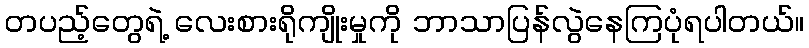
တပည့်တွေရဲ့ လေးစားရိုကျိုးမှုကို ဘာသာပြန်လွဲနေကြပုံရပါတယ်။